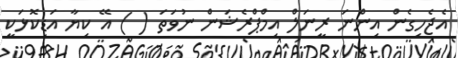
އެޖެހިގެން އިންނަ ރީނަލް އިމްޕްރެޝަން ނުވަތަ ( ) އޭ ކިޔާ އަޑިކޮޅަކީ